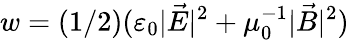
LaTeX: w=(1/2)(\varepsilon_{0}|{\vec{E}}|^{2}+\mu_{0}^{-1}|{\vec{B}}|^{2})